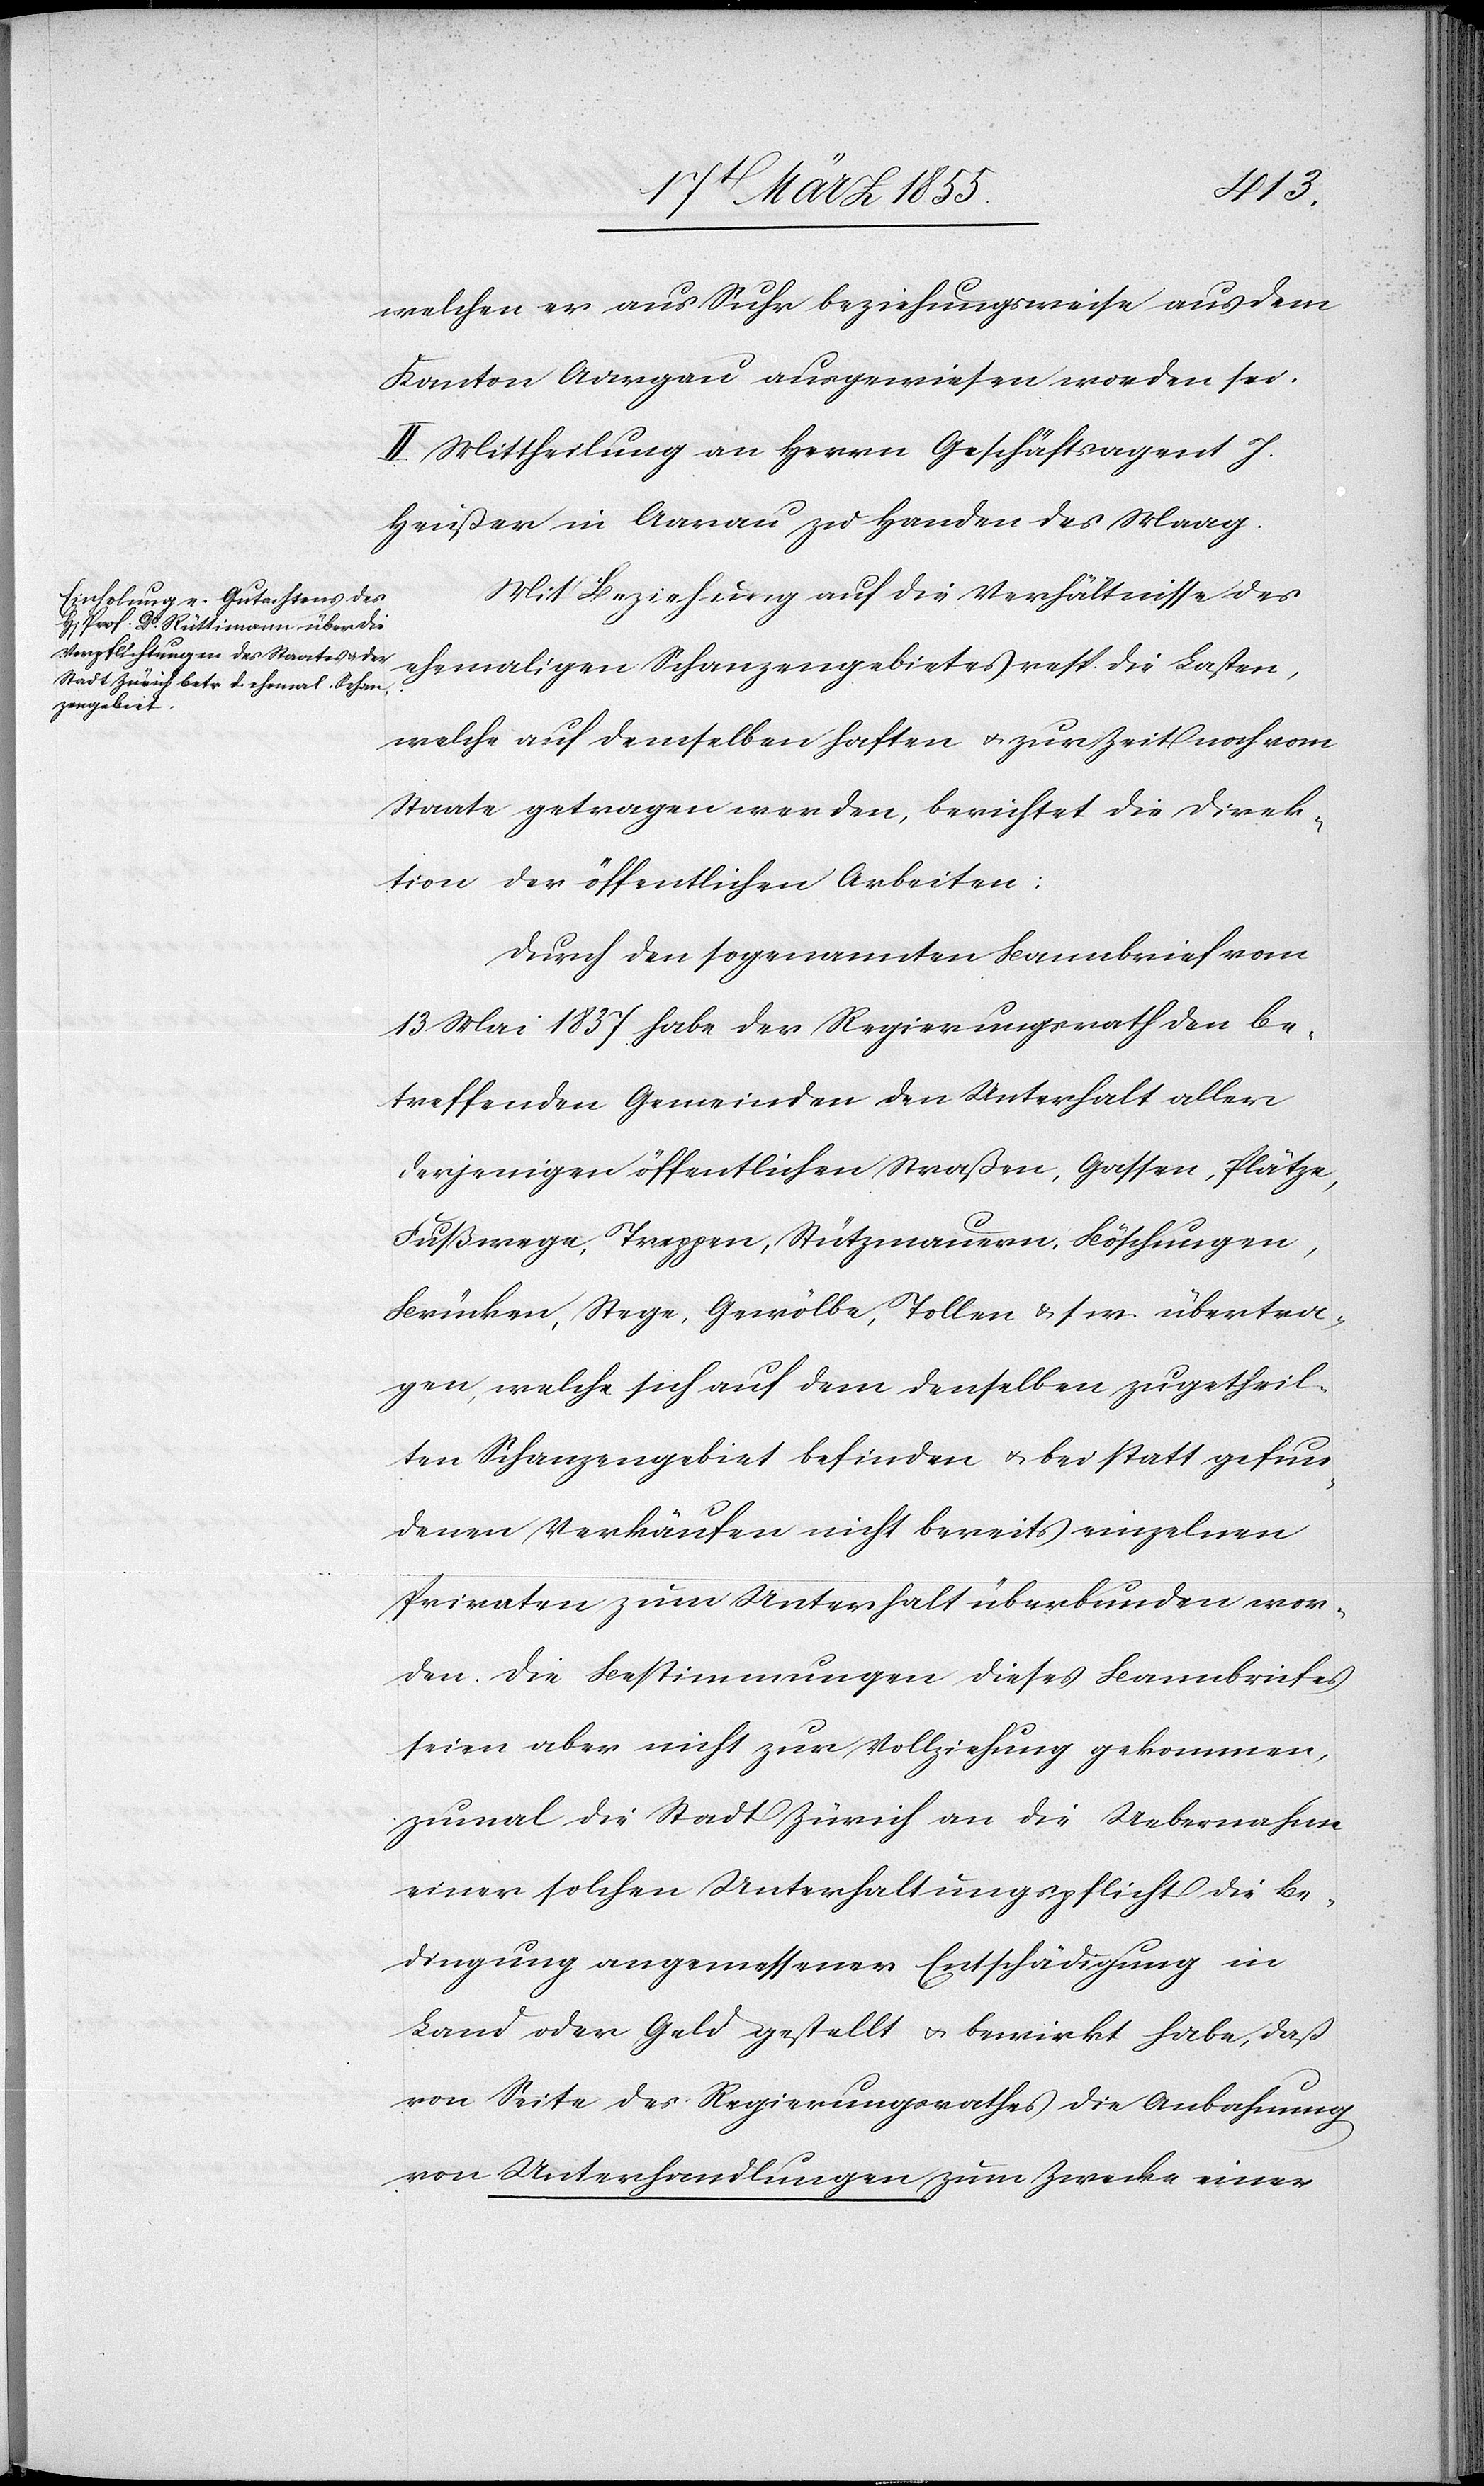
welchen er aus Suhr beziehungsweise aus dem
Kanton Aargau ausgewiesen worden sei.
II. Mittheilung an Herrn Geschäftsagent J.
Heußer in Aarau zu Handen des Maag.
Mit Beziehung auf die Verhältnisse des
ehemaligen Schanzengebietes resp. die Lasten,
welche auf demselben haften & zur Zeit noch vom
Staate getragen werden, berichtet die Direk¬
tion der öffentlichen Arbeiten:
Durch den sogenannten Bannbrief vom
13 Mai 1837 habe der Regierungsrath den be¬
treffenden Gemeinden den Unterhalt aller
derjenigen öffentlichen Straßen, Gassen, Plätze,
Fußwege, Treppen, Stützmauern, Böschungen,
Brücken, Stege, Gewölbe, Tollen & s. w. übertra¬
gen, welche sich auf dem denselben zugetheil¬
ten Schanzengebiet befinden & bei statt gefun¬
denen Verkäufen nicht bereits einzelnen
Privaten zum Unterhalt überbunden wor¬
den. Die Bestimmungen dieses Bannbriefes
seien aber nicht zur Vollziehung gekommen,
zumal die Stadt Zürich an die Uebernahme
einer solchen Unterhaltungspflicht die Be¬
dingung angemessener Entschädigung in
Land oder Geld gestellt & bewirkt habe, daß
von Seite des Regierungsrathes die Anbahnung
von Unterhandlungen zum Zwecke einer